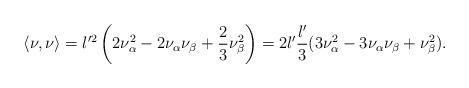
LaTeX: \begin{align*} \langle\nu,\nu\rangle = l'^2\left(2\nu_\alpha^2-2\nu_\alpha\nu_\beta+\frac{2}{3}\nu_\beta^2\right) = 2l'\frac{l'}{3}(3\nu_\alpha^2-3\nu_\alpha\nu_\beta+\nu_\beta^2).\end{align*}